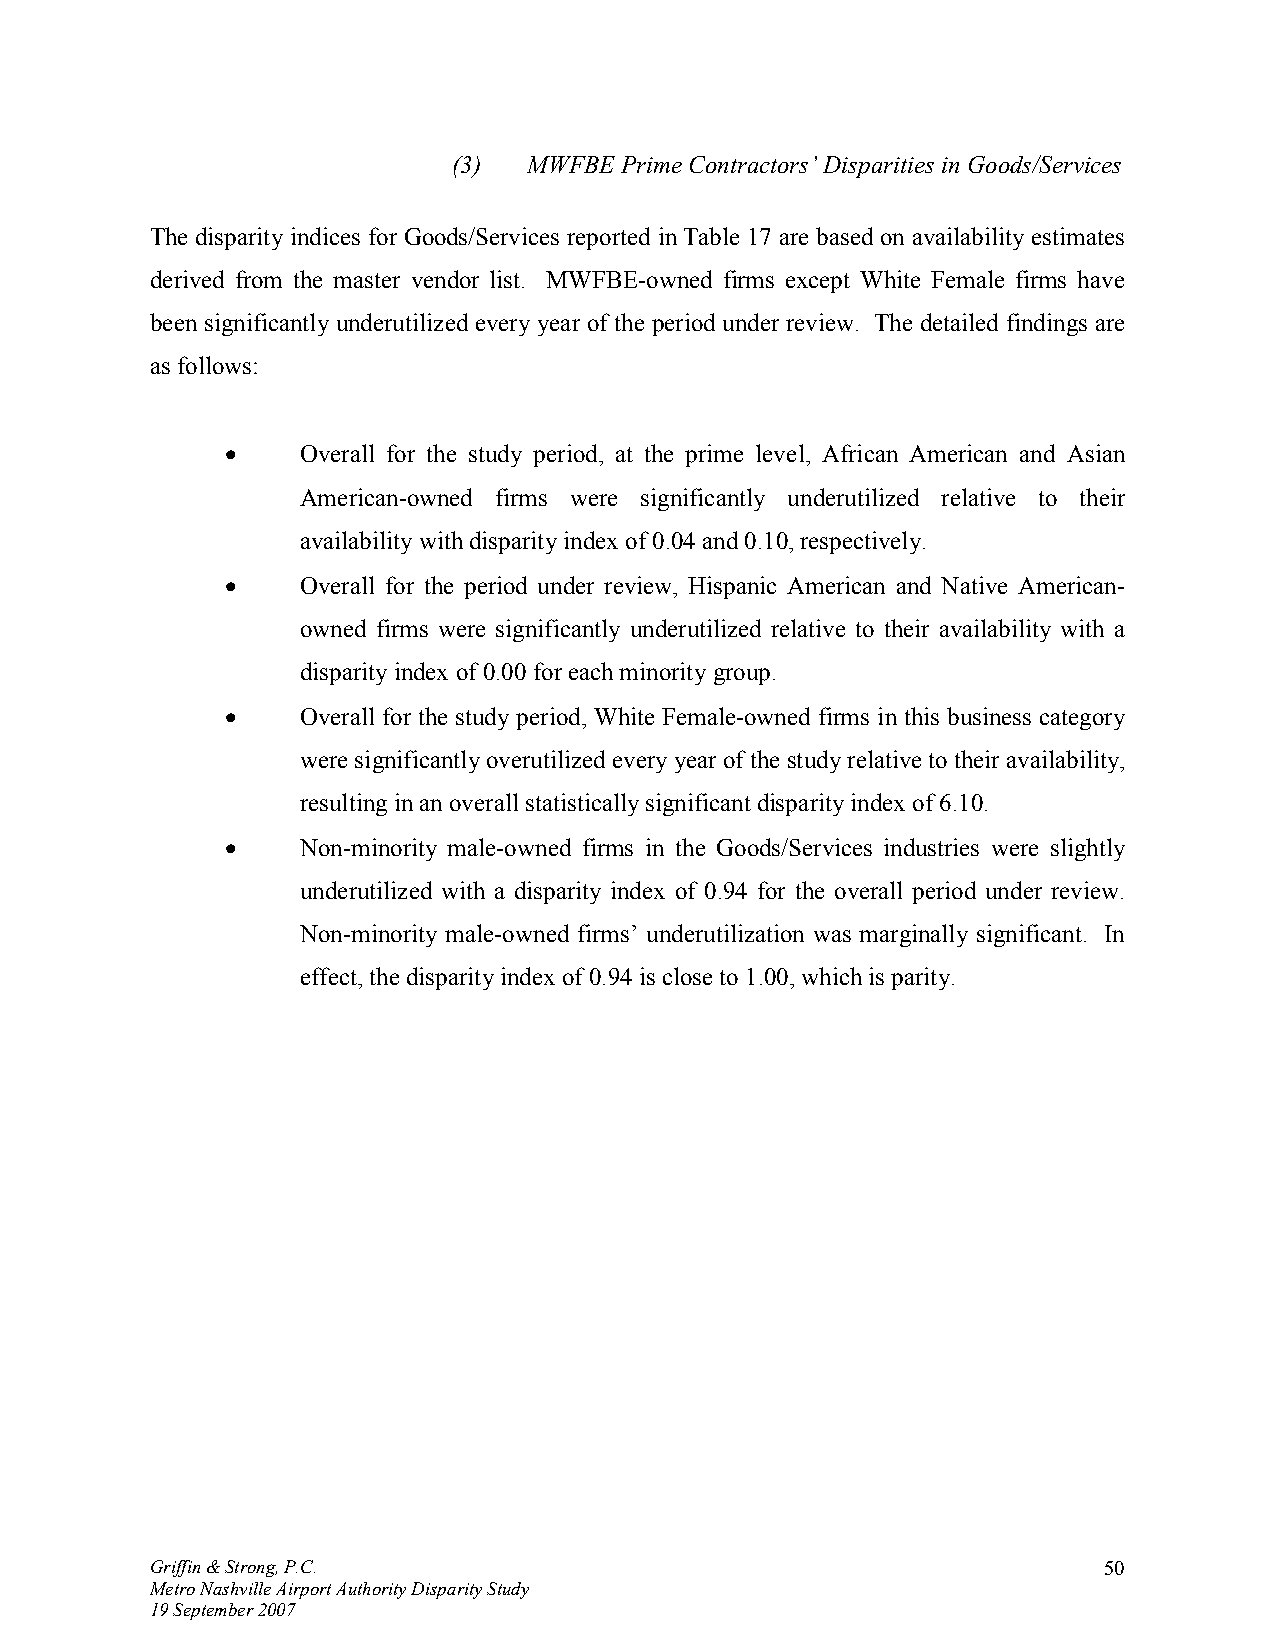
(3)  MWFBE Prime Contractors’ Disparities in Goods/Services
 The disparity indices for Goods/Services reported in Table 17 are based on availability estimates
 derived from the master vendor list. MWFBE-owned firms except White Female firms have
 been significantly underutilized every year of the period under review. The detailed findings are
 as follows:
 •    Overall for the study period, at the prime level, African American and Asian
 American-owned firms were significantly underutilized relative to their
 availability with disparity index of 0.04 and 0.10, respectively.
 •    Overall for the period under review, Hispanic American and Native American-
 owned firms were significantly underutilized relative to their availability with a
 disparity index of 0.00 for each minority group.
 •    Overall for the study period, White Female-owned firms in this business category
 were significantly overutilized every year of the study relative to their availability,
 resulting in an overall statistically significant disparity index of 6.10.
 •    Non-minority male-owned firms in the Goods/Services industries were slightly
 underutilized with a disparity index of 0.94 for the overall period under review.
 Non-minority male-owned firms’ underutilization was marginally significant. In
 effect, the disparity index of 0.94 is close to 1.00, which is parity.
 Griffin & Strong, P.C.                                         50
 Metro Nashville Airport Authority Disparity Study
 19 September 2007